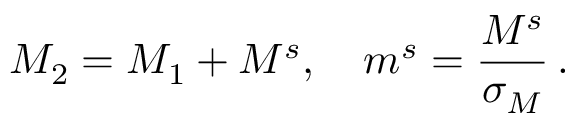
M _ { 2 } = M _ { 1 } + M ^ { s } , ~ ~ ~ m ^ { s } = \frac { M ^ { s } } { \sigma _ { M } } \, .